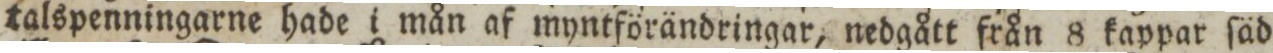
talspenningarne hade i mån af myntförändringar, nedgått från 8 kappar ſäd